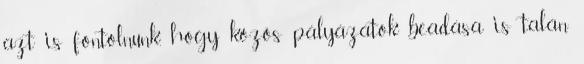
azt is fontolnunk, hogy közös pályázatok beadása is talán